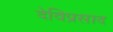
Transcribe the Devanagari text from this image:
देविप्रसाद